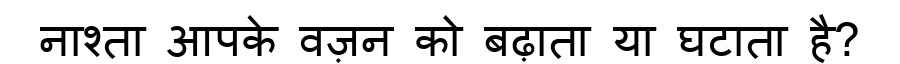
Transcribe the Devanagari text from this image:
नाश्ता आपके वज़न को बढ़ाता या घटाता है?